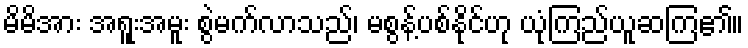
မိမိအား အရူးအမူး စွဲမက်လာသည်၊ မစွန့်ပစ်နိုင်ဟု ယုံကြည်ယူဆကြ၏။